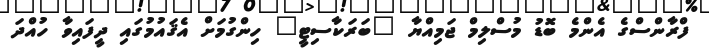
ފްރާންސްގެ އެންމެ ބޮޑު މުސްލިމް ޖަމިއްޔާ "ބަރަކާސިޓީ" ހިންގުމަށް އެޤައުމުގައި ދީފައިވާ ހުއްދަ